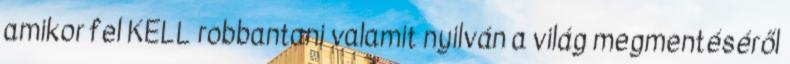
amikor fel KELL robbantani valamit nyilván a világ megmentéséről